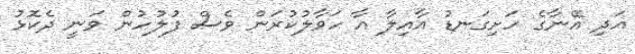
އަދި އޭނާގެ ހަށިގަނޑު އާއިލާ އާ ހަވާލުކުރަން ވެސް ފުލުހުން ވަނީ ދެކޮޅު